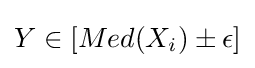
{\textstyle Y\in [Med(X_{i})\pm \epsilon ]}